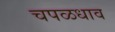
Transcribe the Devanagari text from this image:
चपळधाव